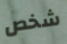
شخص